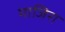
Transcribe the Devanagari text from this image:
माजिरा